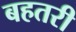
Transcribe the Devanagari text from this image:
बहतरी